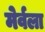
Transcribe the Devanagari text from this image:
मेर्वला